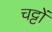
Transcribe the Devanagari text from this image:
चट्टों